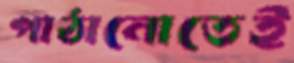
পাঠানোতেই